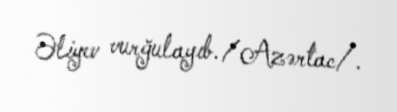
Əliyev vurğulayıb./Azərtac/.